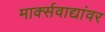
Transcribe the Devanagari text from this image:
मार्क्‍सवाद्यांवर